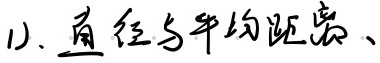
1）. 直径与平均距离